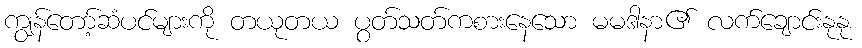
ကျွန်တော့်ဆံပင်များကို တယုတယ ပွတ်သတ်ကစားနေသော မမဒါနာ၏ လက်ချောင်းနုနု